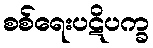
စစ်ရေးပဋိပက္ခ